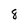
Character: 8